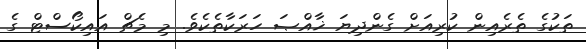
ތަކުގެ ތެރެއިން ކުރިއަށް ގެންދިޔަ ޚާއްޞަ ހަރަކާތެކެވެ. މި މެޗް އައިކޯސްޓް ގެ